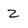
Character: z